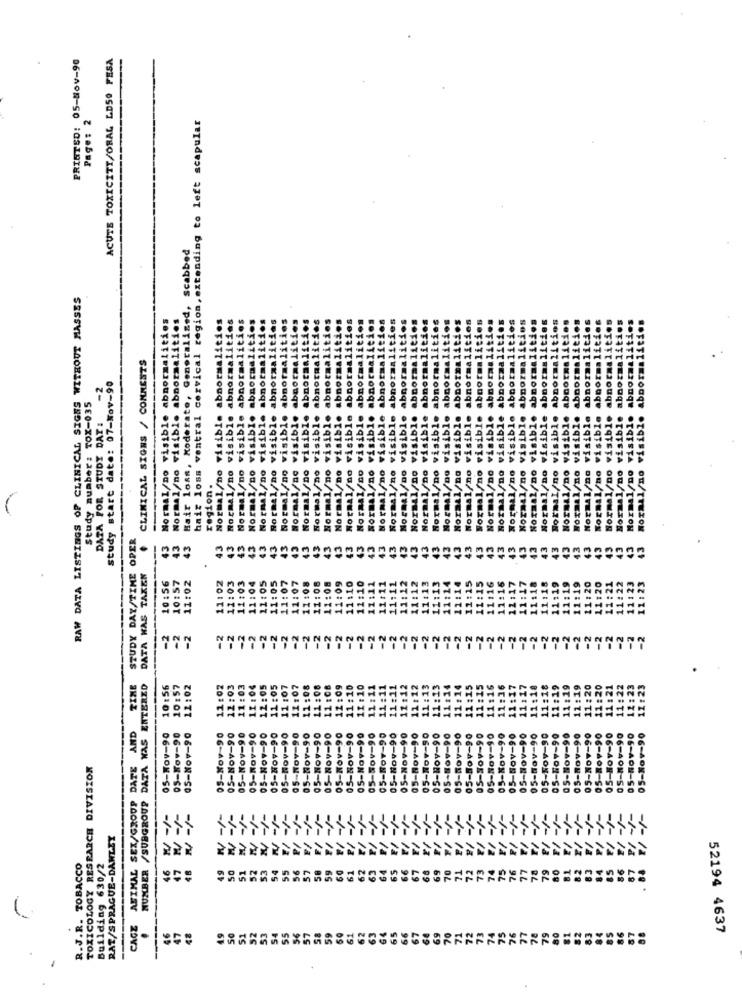
PRINTS0: 05-Nov-90
ACUTE TOXICITY/ORAL LDSO FESA
Page: 2
hair loss ventral cervical region, extending to left scapular
Hair loan, Moderate, Generalized, scabbed
RAW DATA LISTINGS OF CLINICAL SIGNS WITHOUT MASSES
Normal/no visible abnormalities
Normal/no visible abnormalities
.s
CLINICAL SIGNS / CONNESTS
Rozmal/no visible abnor
Study start date: 07-Nov-90
Normal/no visible abno
abno
bn
abac
abno
Study number: TOX-035
DATA FOR STUDY DAT:
isible
Normal/no visib
Normal/no visibl
Sib1
Normal/no vis
Normal/no vi
Normal/no vi
Normal/no
Ro raal/no
ormal/no
1/no
Normal/no
A1/80
/no
al/no
/no
no
/no
1/no
region.
Nor
Nor
NOT
STUDY DAY/TIME OPER
43
43
43
43
43
<3
43
43
43
43
43
43
43
43
43
43
43
43
43
43
43
43
43
43
43
43
43
43
43
43
43
43
43
43
43
43
43
43
43
.
DATA HAS TAKEN
10:57
11:02
11:02
11:03
11:05
11:07
11:07
11:08
11:08
11:08
11:09
11:10
11:10
11:12
11:15
11:18
11:19
11:19
:20
11:20
:21
: 22
10:56
11:03
11:04
11:05
11:1
11:1
11:
11:1
11
11:1
11:1
11
11
11
11
11
11
11
-2
-2
-2
-2
-2
-2
-2
-2
-2
-2
-2
-2
-2
-2
-2
-2
-2
-2
-2
-2
-2
-2
-2
-2
-2
-2
-2
TINE
NUMBER /SUBGROUP DATA WAS ENTERED
10:56
10:57
12:02
11:02
12:03
11:03
11:04
12:05
11:05
11:07
11:07
11 :0
AND
05-Nov-90
05-Nov-90
05-Nov-90
05-Nov-90
05-Nov-90
05-Nov-90
05-Nov-90
05-Nov-90
05-Nov-90
05-Nov-90
05-Nov-90
Nov-90
7-90
-90
TOXICOLOGY RESEARCH DIVISION
CAGE AFIMAL SEX/GROUP DATE
W/ -/-
-/-
RAT/SPRAGUE-DAWLEY
W
R.J.R. TOBACCO
222
Building 630/2
49
50
51
52
53
54
55
56
49
.
46
51
52
53
55
56
57
63
76
52194 4637
-